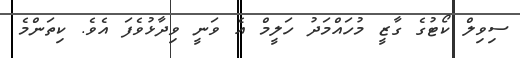
ސިވިލް ކޯޓުގެ ގާޒީ މުހައްމަދު ހަލީމް އެ ވަނީ ވިދާޅުވެފަ އެވެ. ކިތަންމެ